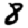
Digit: 8